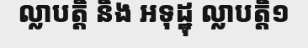
ល្លាបត្តិ និង អទុដ្ឋុ ល្លាបត្តិ១